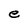
Character: e